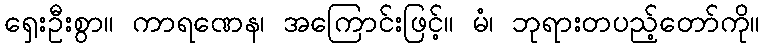
ရှေးဦးစွာ။ ကာရဏေန၊ အကြောင်းဖြင့်။ မံ၊ ဘုရားတပည့်တော်ကို။